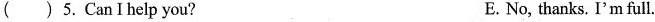
()5.CanIhelp you? E.No, thanks. I'm full.